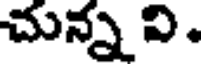
చున్న వి.